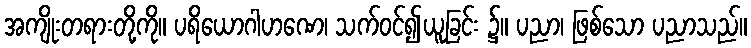
အကျိုးတရားတို့ကို။ ပရိယောဂါဟဏေ၊ သက်ဝင်၍ယူခြင်း ၌။ ပညာ၊ ဖြစ်သော ပညာသည်။